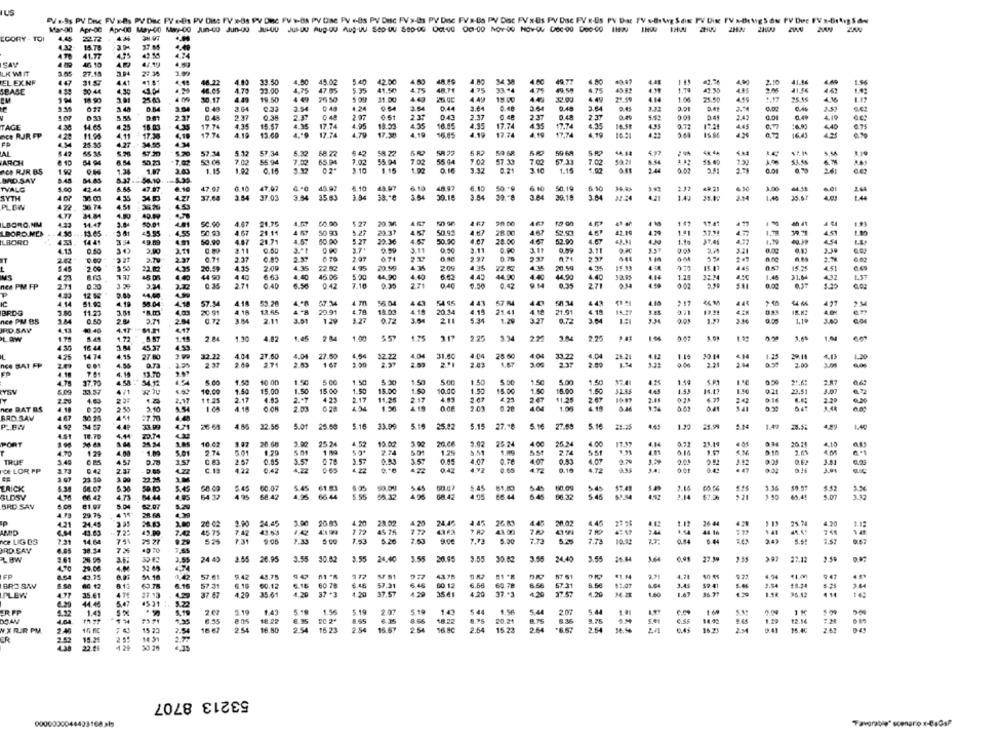
EV a-9s PV Desc FV &-Bs PV Disc PV e-Bs PV Diss FV x-8s PV Dic FV >-Bs PV Die PV +-Bs PV Desc FV >-as PV Dnc FV x-Ba PV Dic FV x Us PV Dsc PV x-Us PV Dat TV s-Be Wg S dix PV Dix FV a-Big Sw PV Dre IV x-Brug Sów
EGORY . TOI
4.45
2272
37.04
ATA
15.78
41.77
4.95
SAY
LK WI IT
2.05
27.18
EL EXNF
447
31.87
4.47
48.22
33.50
4.50
45.02
5.40
42.00
4.80
34.38
4,30
46.05
4.72
23.00
4,75
47.65
5.35
41.50
4.75
48.74
4.75
33.44
4.75
49.58
4.75
45.83
17
47.30
4.85
SBASE
30 44
19.50
4 49
4.43
4 49
44.
4.49
28.99
414
1.04
2.01
30.17
4.49
31.00
1.06
25.50
4.59
3.44
2.84
0:48
3.04
3.54
0 48
4.24
3.54
0.44
0.48
3.64
3.84
332
D 33
2.37
2.37
0 48
2.97
0.51
237
0.43
2.37
2.37
0.49
2.47
0.01
TAGE
4.36
14.65
4.25
18 03
4.35
17.74
4.35
15.57
4.05
17.74
4.95
13.33
4.55
4.95
4.35
16.51
4.35
4.45
DEe RJR FP
4. 11
17.%
17.74
4.18
13.40
17.74
4.79
17.38
4.19
4.19
17.74
16 :
15 M
34.55
429
25.35
AL
$7.30
5.20
57.34
5.32
5.32
68.22
58 22
5 82
4.32
ARCH
A.M
50.23
53.06
7.02
55.94
7.52
65 94
7.02
55.04
7.02
55 64
7.02
57.08
7 0
7.02
5.54
2.30
FC RJR BS
1.34
1.87
3.03
1.15
1.92
3.10
1.15
1.32
3.10
1.15
2.44
BAD SAY
TVALG
$.60
42.44
1.10
47.97
# 10
47.07
45.07
8.10
43.97
6.10
48.97
6.15
50 +C
6 H
50.19
6 10
2.27
3.00
44.38
2.44
SYTH
4.35
34.53
37.64
3.M4
37.03
3.34
35 83
3.84
39.18
2.84
30.18
3.04
143
3.M
1.40
35.67
PLOW
36 74
4.33
14.47
3.04
50.01
4.81
50.90
4.47
5 77
17.41
ILBORO.NM
455
4.67
21.11
5.27
50.93
4.87
LBORO.MEN
49.95
4.57
42.19
4.29
1.7
LBORO
131
3 54
49.09
$9.99
4.87
21.71
4.57
5.27
20.36
4.57
50.0
4.67
28.00
52.90
4.13
30
3.11
0.50
0.99
3.11
3.11
0.00
3.11
3.11
3.21
2.42
3.37
0.71
2.37
237
HT
5.45
2.00
20.59
4.15
2.09
4.35
22 8.
4.95
20.59
4.34
205
4.35
22.62
20.5
4.35
4 58
145
15.25
4.51
44 90
4.4.
4.40
1.40
0.15
440
6.63
4.40
45.06
44.90
4.40
44.90
44.90
4.14
4.10
31.64
4.32
104 PM FP
2.71
6.S
042
7.16
0.35
27
0.40
0.42
271
0.00
12 5%
44,40
4.14
51.90
41
58.04
37.54
4.18
4 m
56 04
441
SZ M
4.4
4.10
421
BRDG
11.21
3.01
20 91
4.18
13.55
4 .- 8
20.91
13.03
4.15
20.34
4.14
21.41
4.12
11.91
4.18
A.27
3.85
13.39
4.0%
nce PM BS
0.50
28
2.54
0.72
2.11
3.51
12
3.27
0.72
3.04
21
5.34
1.24
0.72
3.M4
1.19
58 353
IRD SAY
4.13
1 40
4.17
4.47
LAW
1.15
1.50
4.82
1.45
2 84
1.00
5.57
1.25
3.17
2.25
3.34
2.25
1.06
...
4 .30
16 4
3.M4
4.53
425
14 74
4.95
27.80
32.22
4.04
27.60
4.04
27.50
4.54
4.04
31.80
4.04
25.60
104
33.22
4,04
26.21
4.12
1.25
29.1
1.20
ICE BAT FP
4.56
D.73
271
2.63
1 67
2 .* 1
2.83
1.67
2.21
2 0
3.00
4.10
7.61
4.10
13.70
4.78
37.70
54.12
5.00
10 00
1.50
5 C
1.50
500
1.50
5.00
1.50
1.50
5.00
17.4
425
1.44
5.P1
25.6:
2.87
4/1
4.53
10.09
15.00
1.50
15.00
1.50
15.50
10.00
1.55
15.00
1.50
15.00
1.50
32.55
4.45
1.53
1.50
9.21
23.51
3.00
2.58
1.20
2.17
11.25
2.17
1.83
2 .* 7
4 23
2.17
11.25
4.83
2.07
2 67
11.25
26
6.77
nee BAT DS
4.10
3.10
4.18
2.0
1.50
2.0
1.0
8.46
341
BAD.SAV
27.70
33.00
27.69
4.92
4.4P
4.71
26 61
32.56
5.OT
25.68
5.16
5.15
25.82
5.15
27.18
S.10
28.25
4.45
29.99
28.55
1.40
4.41
18.70
4.44
22.74
PORT
10.02
20.60
3.00
25 24
13.02
3. 00
20. 00
3.92
4.00
17.81
4.14
4.10
4.70
4.N
5.01
9.74
501
7.74
7.6%
TRUE
4.57
0.05
3.5
3.57
27
3.49
4.22
...
0.18
4.72
3.01
CE LOR PP
3.73
9.42
2.37
122
0,42
3.42
23.10
LAICK
4.34
64.07
6.45
60.07
5.45
61.83
5.45
5.45
51.80
5.45
5.49
3.16
BLOSV
471
84.44
ARS
64 32
495
68.42
6 44
4.95
66.44
5 46
$2.54
3.14
67.
45.4
5.07
8.04
BRD SAV
29. 75
62.07
4.13
41
28.68
4.21
24.45
1.00
20 02
3.90
4.20
4,20
24.48
1.12
26.44
25.74
4.20
43.63
-7.25
49.99
7.42
45 75
7.42
43.63
45 75
172
2.44
44 16
nce LIG DS
14.64
75%
75 27
525
7.31
1.53
5.00
7.72
7.73
10.12
RD SAV
30.54
7%
19 70
3.55
3.55
LBW
3.55
24 40
2.65
26.95
24.40
3.55
20.95
3.55
30.62
24.40
3.5
22.1:
4.70
49,75
51.18
0,42.
57.61
9.42
48.75
RT 51
#1.14
4.71
4.4
BRO SAV
60.12
63.78
6.16
57.31
5.18
60.12
16
60 78
6.46
6.46
50.12
60.78
67.31
8.56
51.07
3.45
SP .41
2.54
PLEW
35.61
476
27 13
4.29
37.67
4.29
35.61
120
37.57
3541
4.20
37.+3
L20
34.2E
1.60
1.44
96.42
45 31
5 19
5.19
ER FP
1.43
5.19
£.43
1.56
143
5 44
1.56
5744
5.44
4.64
6.55
18 FR
8.75
20.21
8.36
6.55
14.92
1.59
12.14
15 FC
15 23
16 E7
16.80
16 23
2 54
16.8C
2.64
15 23
264
6.5.
ER
2.42
15.26
14 31
22.46
4 29
30 74
53213 8707
9000000044403168315
Favorable" scenario x-BaGol